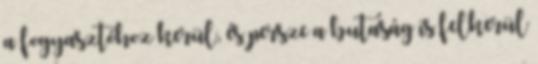
a fogyasztóhoz kerül, és persze a butaság is felkerül